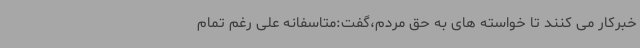
خبرکار می کنند تا خواسته های به حق مردم،گفت:متاسفانه علی رغم تمام